Emmaste_vallavalitsus, lk 33
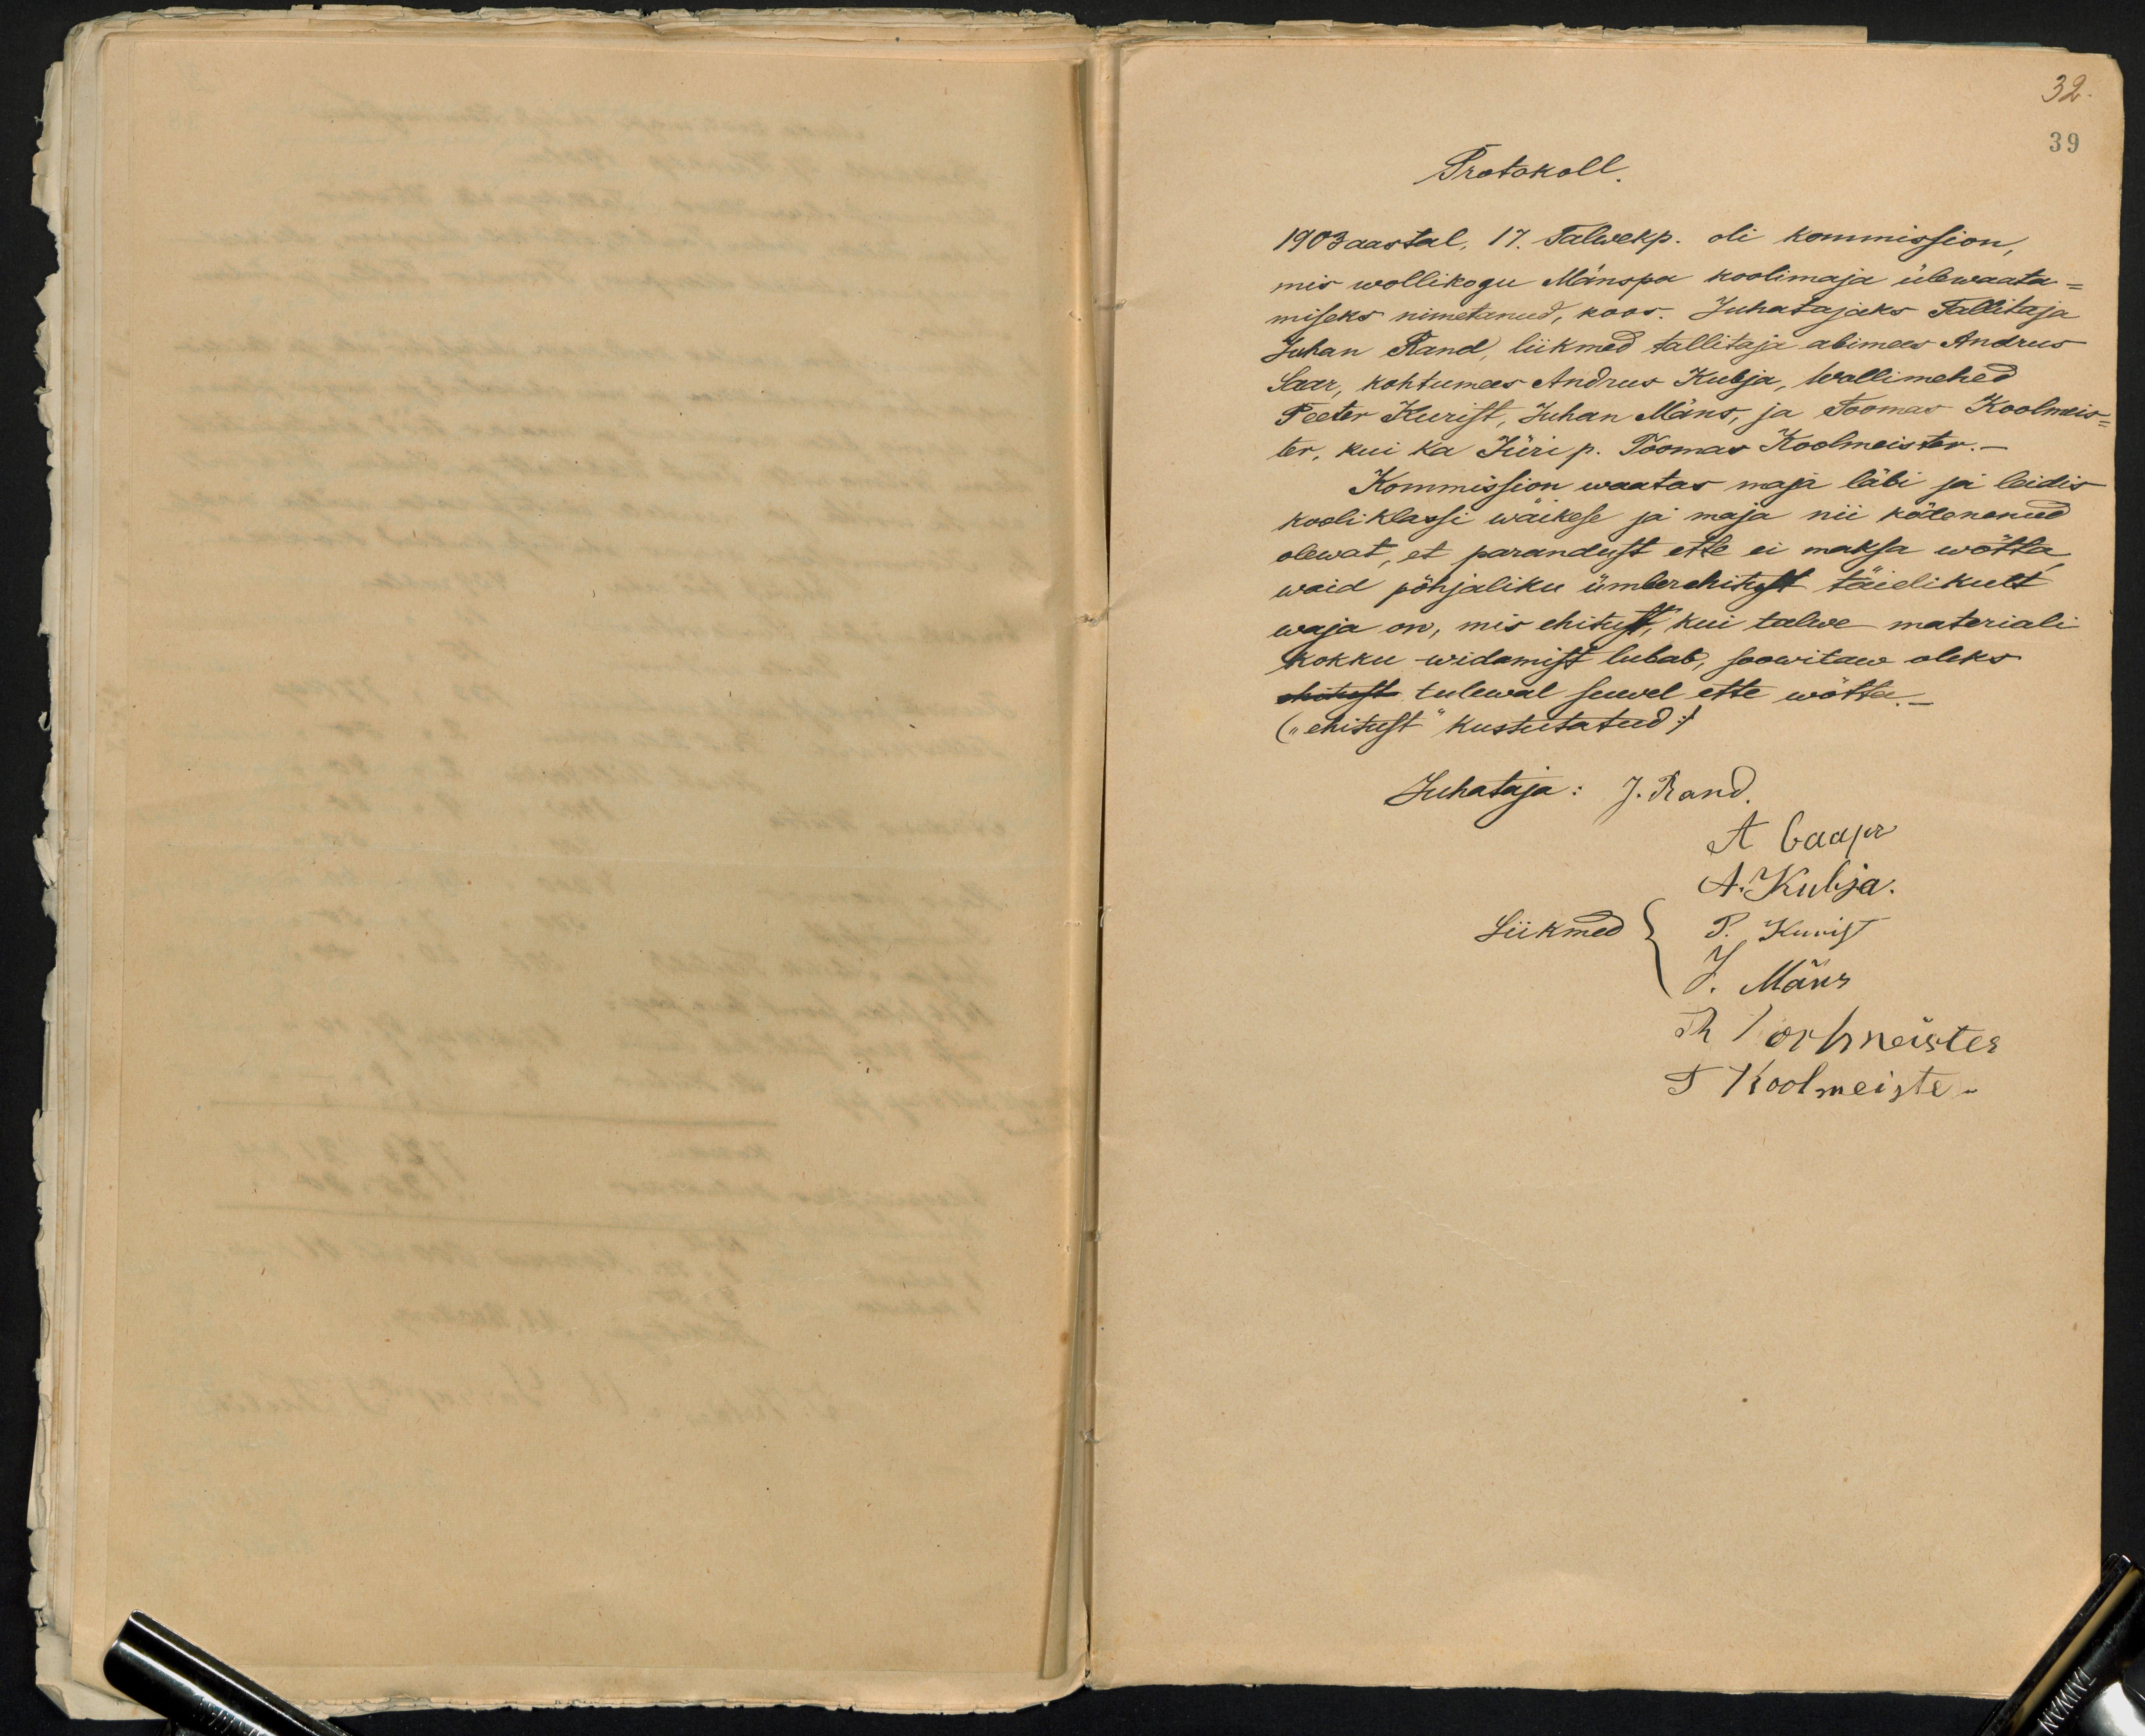
32.
39
Protokoll.
1903 aastal, 17. Talwekp. oli kommission.
mis wollikogu Mänspa koolimaja ülewaata-
miseks nimetanud, koos. Juhatajaks Tallitaja
Juhan Rand, liikmed tallitaja abimees Andrus
Saar, kohtumees Andrus Kubja, Wollimehed
Peeter Kurist, Juhan Mäns, ja Toomas Koolmeis-
ter, kui ka Jüri p. Toomas Koolmeister.-
Kommission waatas maja läbi ja leidis
kooli klassi wäikese ja maja nii ködenenud
olewat, et parandust ette ei maksa wõtta,
waid põhjaliku ümberehitust täidikult
waja on, mis ehitust, kui talwe materiali
kokku widamist lubab, soowitaw oleks
ohitust tulewal suwel ette wõtta
("ehitust" kustutatud)
Juhataja: J. Rand.
A Gaapr
A. Kubja.
Liikmed
P. Kunist
J. Mäns
R Koolmeister
T Koolmeister